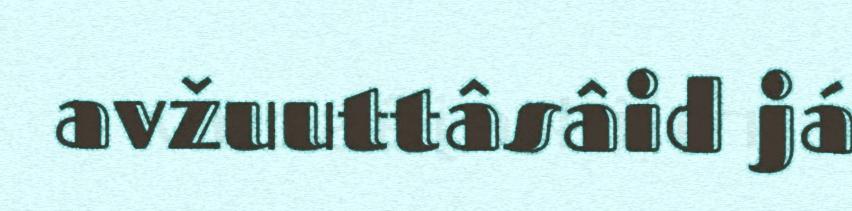
avžuuttâsâid já